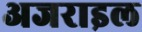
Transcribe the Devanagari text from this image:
अजराइल